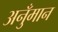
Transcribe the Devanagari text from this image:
अनुँमान